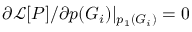
\partial \mathcal { L } [ P ] / \partial p ( G _ { i } ) | _ { p _ { 1 } ( G _ { i } ) } = 0